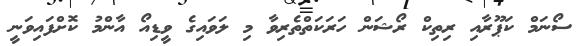
ސޯނަމް ކަޕޫރާއި ރިތިކް ރޯޝަން ހަރަކަތްތެރިވާ މި ލަވައިގެ ވީޑިއޯ އާންމު ކޮށްފައިވަނީ